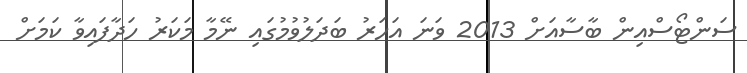
ސަންޓޯސްއިން ބާސާއަށް 2013 ވަނަ އަހަރު ބަދަލުވުމުގައި ނޭމާ މަކަރު ހަދާފައިވާ ކަމަށް